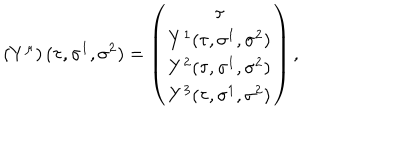
\left( Y ^ { \mu } \right) ( \tau , \sigma ^ { 1 } , \sigma ^ { 2 } ) = \left( \begin{array} { c } { { \tau } } \\ { { Y ^ { 1 } ( \tau , \sigma ^ { 1 } , \sigma ^ { 2 } ) } } \\ { { Y ^ { 2 } ( \tau , \sigma ^ { 1 } , \sigma ^ { 2 } ) } } \\ { { Y ^ { 3 } ( \tau , \sigma ^ { 1 } , \sigma ^ { 2 } ) } } \\ \end{array} \right) ,